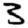
Digit: 3